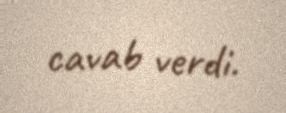
cavab verdi.